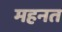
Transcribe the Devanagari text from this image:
महनत